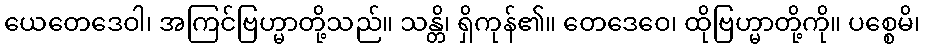
ယေတေဒေဝါ၊ အကြင်ဗြဟ္မာတို့သည်။ သန္တိ၊ ရှိကုန်၏။ တေဒေဝေ၊ ထိုဗြဟ္မာတို့ကို။ ပစ္စေမိ၊